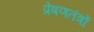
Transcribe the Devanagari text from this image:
प्रेषणतंत्रों